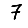
Digit: 7